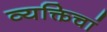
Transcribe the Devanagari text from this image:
व्यक्तिचां